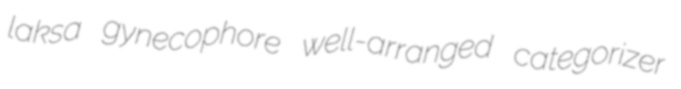
laksa gynecophore well-arranged categorizer